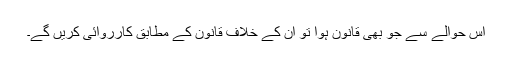
اس حوالے سے جو بھی قانون ہوا تو ان کے خلاف قانون کے مطابق کارروائی کریں گے۔